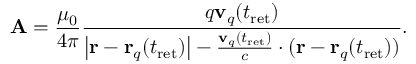
\mathbf { A } = { \frac { \mu _ { 0 } } { 4 \pi } } { \frac { q \mathbf { v } _ { q } ( t _ { \mathrm { { r e t } } } ) } { \left| \mathbf { r } - \mathbf { r } _ { q } ( t _ { \mathrm { { r e t } } } ) \right| - { \frac { \mathbf { v } _ { q } ( t _ { \mathrm { { r e t } } } ) } { c } } \cdot ( \mathbf { r } - \mathbf { r } _ { q } ( t _ { \mathrm { { r e t } } } ) ) } } .